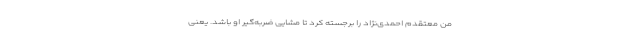
من معتقدم احمدی‌نژاد را برجسته کرد تا مشایی ضربه‌گیر او باشد. یعنی